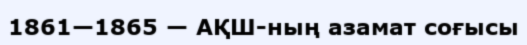
1861—1865 — АҚШ-ның азамат соғысы